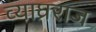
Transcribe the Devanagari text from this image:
व्याघ्रराज